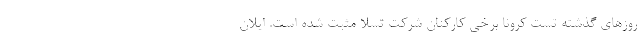
روزهای گذشته تست کرونا برخی کارکنان شرکت تسلا مثبت شده است. ایلان